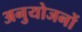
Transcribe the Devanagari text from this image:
अनुयोजनों